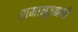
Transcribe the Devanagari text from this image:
रामानुजननी